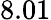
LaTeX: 8.01